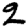
Digit: 2